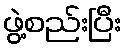
ဖွဲ့စည်းပြီး